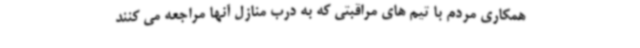
همکاری مردم با تیم های مراقبتی که به درب منازل آنها مراجعه می کنند